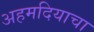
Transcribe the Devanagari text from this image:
अहमदियाचा